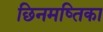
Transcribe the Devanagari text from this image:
छिनमष्तिका